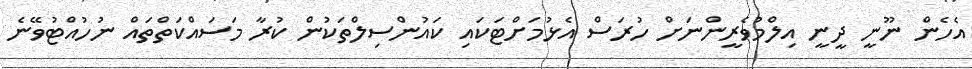
އެހެން ނޫނީ ދީނީ އިލްމުވެރީންނަށް ހުރަސް އެޅުމަށްޓަކައި ކައުންސިލްތަކުން ކުރާ މަސައްކަތްތައް ނުހުއްޓުވޭނެ